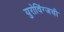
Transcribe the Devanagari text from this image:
युरोविंग्जची